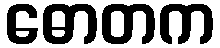
ဓောတက